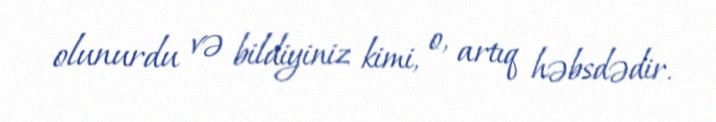
olunurdu və bildiyiniz kimi, o, artıq həbsdədir.